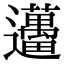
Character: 𨙗